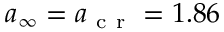
{ a } _ { \infty } = { a } _ { \mathrm { ~ c ~ r ~ } } = 1 . 8 6